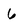
Character: 6